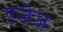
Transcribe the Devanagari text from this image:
एजेज़